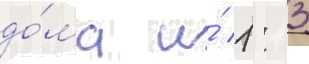
до́ма и́ 1: 3